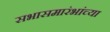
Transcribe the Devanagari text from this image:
सभासमारंभांच्या